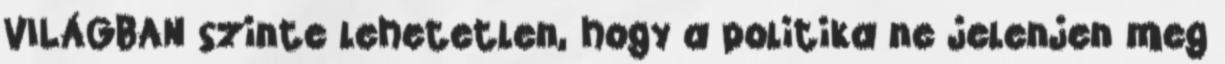
VILÁGBAN szinte lehetetlen, hogy a politika ne jelenjen meg